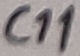
Text: C11